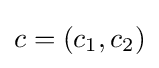
c=(c_{1},c_{2})